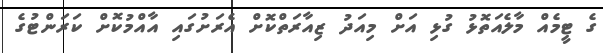
ގެ ޓީމެއް މާލެއަތޮޅު ގުޅި އަށް މިއަދު ޒިއާރަތްކޮށް އެރަށުގައި އާއްމުކޮށް ކަރަންޓުގެ